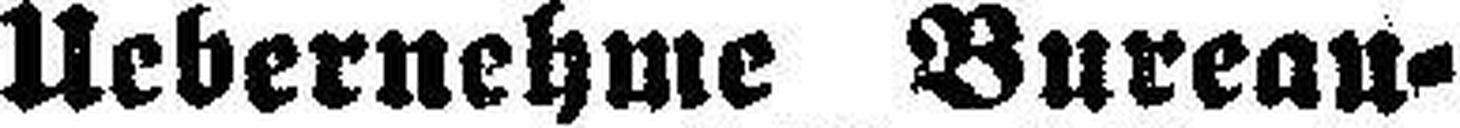
Uebernehme Bureau¬